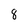
Character: 8